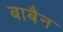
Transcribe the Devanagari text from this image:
बाबैन